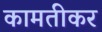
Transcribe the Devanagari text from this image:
कामतीकर